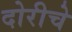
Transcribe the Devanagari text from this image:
दोरीचे